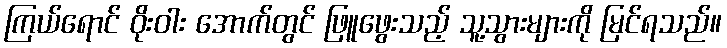
ကြယ်ရောင် ဝိုးဝါး အောက်တွင် ဖြူဖွေးသည့် သူ့သွားများကို မြင်ရသည်။